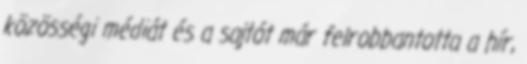
közösségi médiát és a sajtót már felrobbantotta a hír,